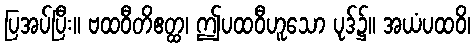
ပြအပ်ပြီး။ ဗထဝီတိဧတ္ထ၊ ဤပထဝီဟူသော ပုဒ်၌။ အယံပထဝိ၊